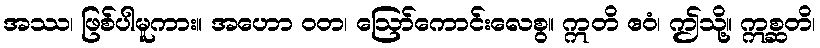
အဿ၊ ဖြစ်ပါမူကား။ အဟော ဝတ၊ ဩော်ကောင်းလေစွ။ ဣတိ ဧဝံ၊ ဤသို့။ ဣစ္ဆတိ၊